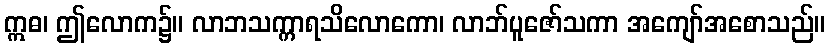
ဣဓ၊ ဤလောက၌။ လာဘသက္ကာရသိလောကော၊ လာဘ်ပူဇော်သကာ အကျော်အစောသည်။